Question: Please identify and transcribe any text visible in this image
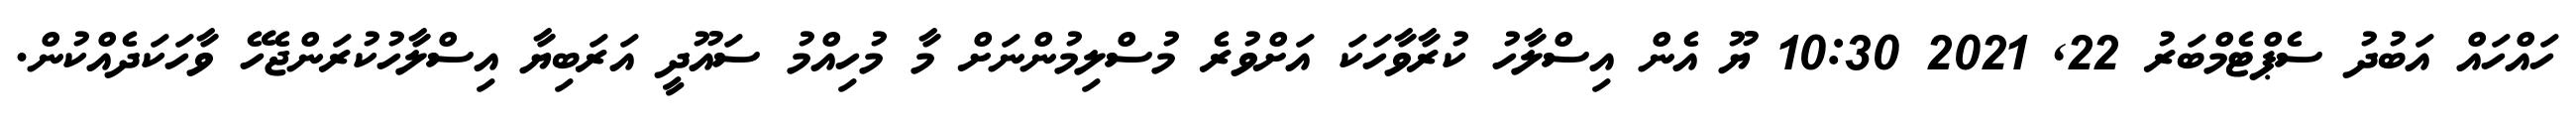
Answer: ހައްހައް އަބުދު ސެޕްޓެމްބަރު 22, 2021 10:30 ޔޫ އެން އިސްލާހު ކުރާވާހަކަ އަށްވުރެ މުސްލިމުންނަށް މާ މުހިއްމު ސައޫދީ އަރަބިޔާ އިސްލާހުކުރަންޖެހޭ ވާހަކަދެއްކުން.